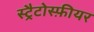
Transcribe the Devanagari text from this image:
स्ट्रैटोस्फ़ीयर